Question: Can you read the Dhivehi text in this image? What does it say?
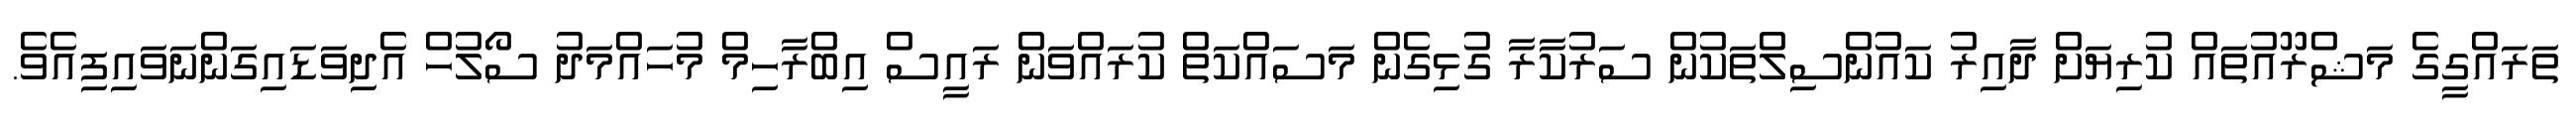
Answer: ތަރައްގީގެ މަޝްރޫއުތައް ކުރިޔަށް ދާއިރު ކައުންސިލްތަކުން ސަރުކާރާ ގުޅިގެން މަސައްކަތް ކުރައްވަން ރައީސް އިބްރާހިމް މުހައްމަދު ސޯލުހް އެދިވަޑައިގަންނަވައިފިއެވެ.